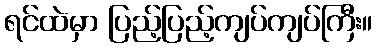
ရင်ထဲမှာ ပြည့်ပြည့်ကျပ်ကျပ်ကြီး။